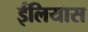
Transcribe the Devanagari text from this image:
ईलियास